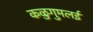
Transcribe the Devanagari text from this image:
कळुगुमलई